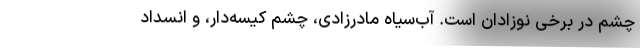
چشم در برخی نوزادان است. آب‌سیاه مادرزادی، چشم کیسه‌دار، و انسداد